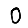
Digit: 0